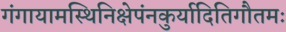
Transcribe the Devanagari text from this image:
गंगायामस्थिनिक्षेपंनकुर्यादितिगौतमः